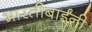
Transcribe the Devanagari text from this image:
भारतीबाईंनी